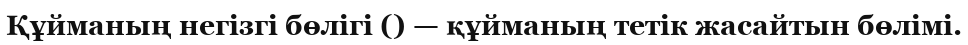
Құйманың негізгі бөлігі () — құйманың тетік жасайтын бөлімі.